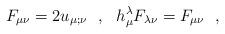
LaTeX: \begin{align*}F_{\mu\nu}=2u_{\mu;\nu}~~,~~h^\lambda_\mu F_{\lambda\nu}=F_{\mu\nu}~~,\end{align*}